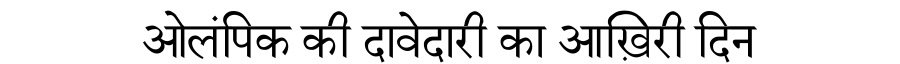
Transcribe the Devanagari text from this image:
ओलंपिक की दावेदारी का आख़िरी दिन